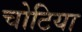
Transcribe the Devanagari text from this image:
चोटिया